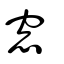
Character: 窻